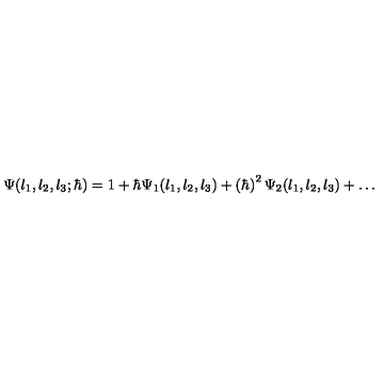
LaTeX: \Psi ( l _ { 1 } , l _ { 2 } , l _ { 3 } ; \hbar ) = 1 + { \hbar } \Psi _ { 1 } ( l _ { 1 } , l _ { 2 } , l _ { 3 } ) + \left( \hbar \right) ^ { 2 } \Psi _ { 2 } ( l _ { 1 } , l _ { 2 } , l _ { 3 } ) + \ldots